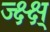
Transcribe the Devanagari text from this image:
ज्क्ष्क्ष्